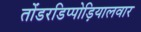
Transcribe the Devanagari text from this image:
तोंडरडिप्पोड़ियालवार